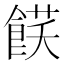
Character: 𩜈